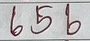
656